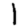
Digit: 1